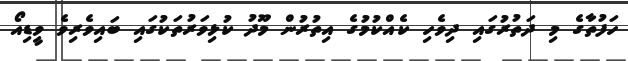
ހަފުތާގެ މި ދަތުރުގައި ދިވެހި ކެއްކުމުގެ އިތުރުން މޫދު ކުޅިވަރުތަކުގައި ބައިވެރިވެ ވީޑިއޯ